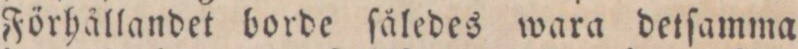
Förhållandet borde ſåledes wara detſamma